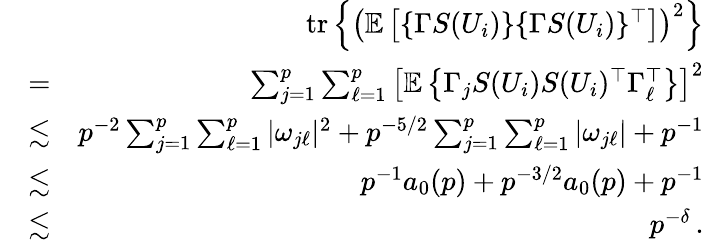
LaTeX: \begin{array}{rlr}&{}&{\mathrm{tr}\left\{ \left({\mathbb{E}}\left[\{ \Gamma S(U_{i})\} \{ \Gamma S(U_{i})\} ^{\top}\right]\right)^{2}\right\} }\\ &{=}&{\sum_{j=1}^{p}\sum_{\ell=1}^{p}\left[{\mathbb{E}}\left\{ \Gamma_{j}S(U_{i})S(U_{i})^{\top}\Gamma_{\ell}^{\top}\right\} \right]^{2}}\\ &{\lesssim}&{p^{-2}\sum_{j=1}^{p}\sum_{\ell=1}^{p}|\omega_{j\ell}|^{2}+p^{-5/2}\sum_{j=1}^{p}\sum_{\ell=1}^{p}|\omega_{j\ell}|+p^{-1}}\\ &{\lesssim}&{p^{-1}a_{0}(p)+p^{-3/2}a_{0}(p)+p^{-1}}\\ &{\lesssim}&{p^{-\delta}\, .}\end{array}